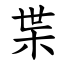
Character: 枼